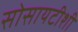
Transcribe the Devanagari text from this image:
सोसायटीशी